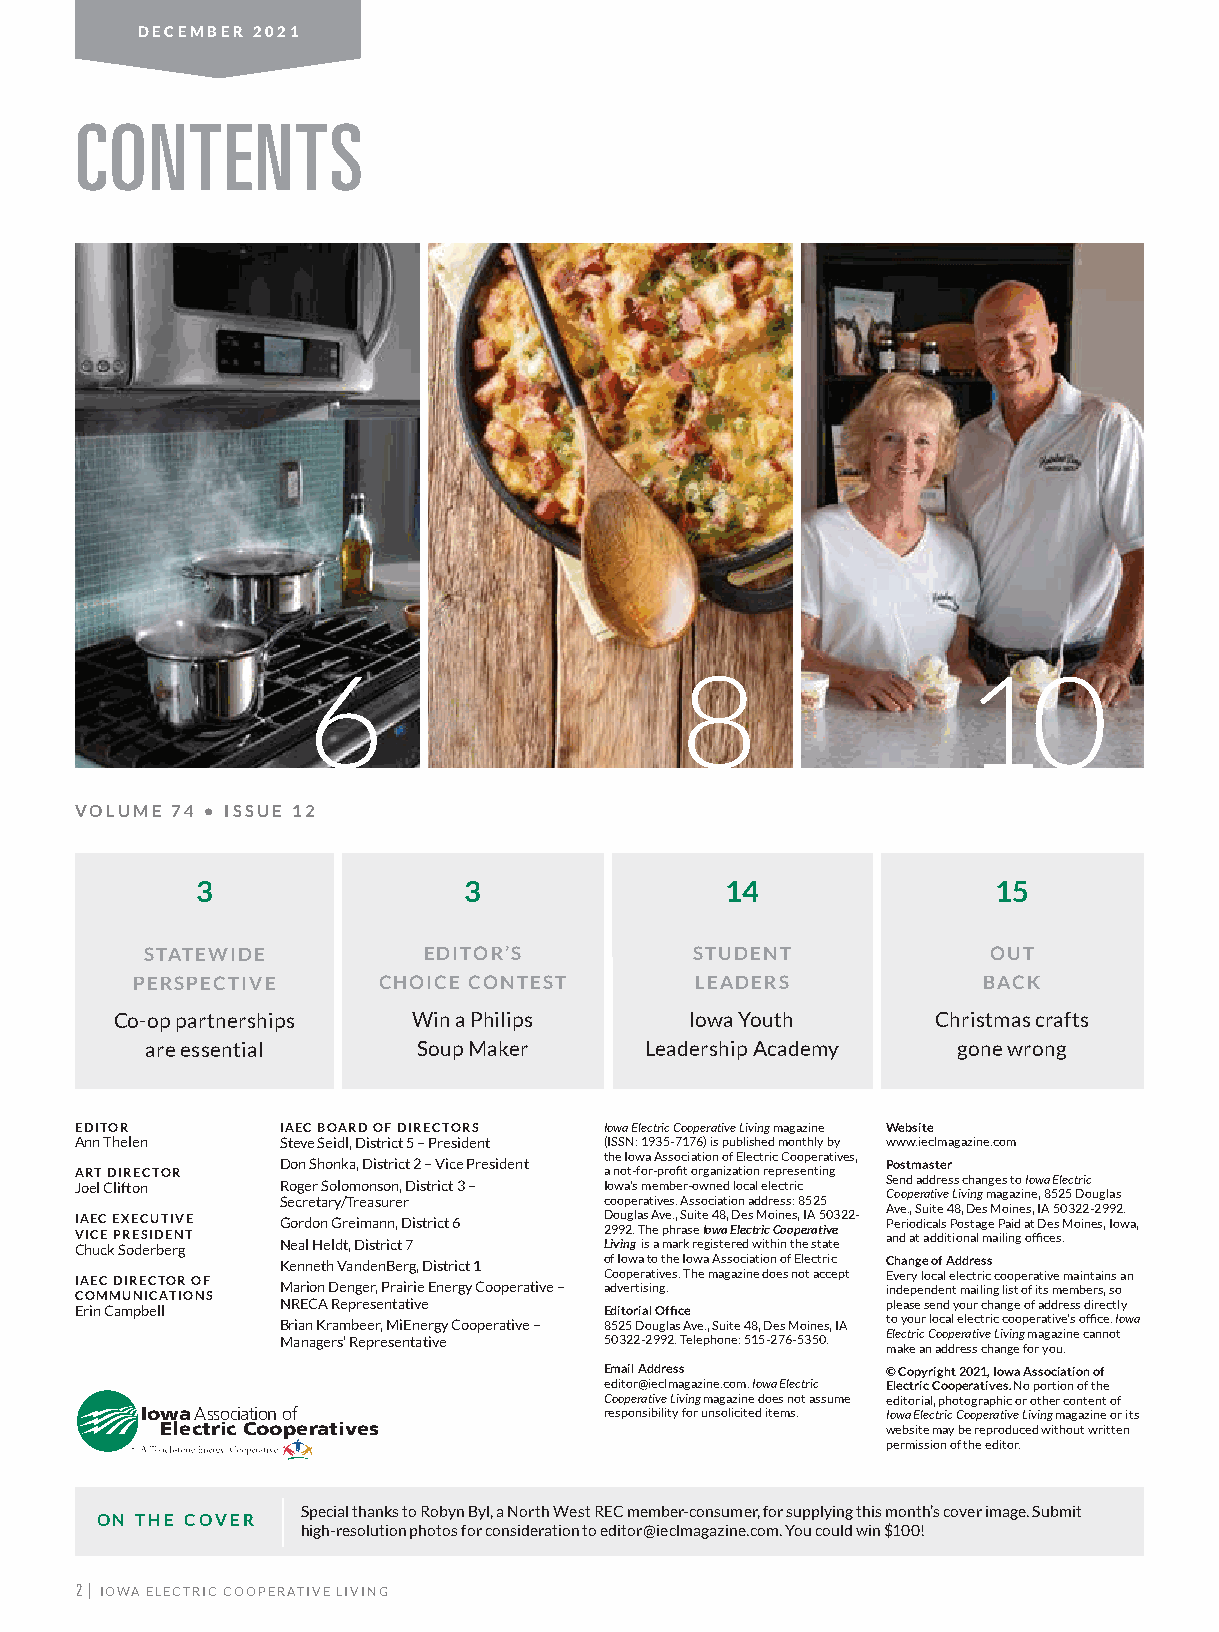
DECEMBER 2021
 CONTENTS
 6                        8                  10
 VOLUME 74 • ISSUE 12
 3                 3                14                15
 STATEWIDE         EDITOR’S          STUDENT             OUT
 PERSPECTIVE     CHOICE CONTEST       LEADERS            BACK
 Co-op partnerships Win a Philips      Iowa Youth      Christmas crafts
 are essential     Soup Maker     Leadership Academy  gone wrong
 EDITOR        IAEC BOARD OF DIRECTORS Iowa Electric Cooperative Living magazine Website
 Ann Thelen    Steve Seidl, District 5 – President (ISSN: 1935-7176) is published monthly by www.ieclmagazine.com
 the Iowa Association of Electric Cooperatives,
 ART DIRECTOR  Don Shonka, District 2 – Vice President a not-for-profit organization representing Postmaster
 Joel Clifton  Roger Solomonson, District 3 – Iowa’s member-owned local electric Send address changes to Iowa Electric
 Secretary/Treasurer  cooperatives. Association address: 8525 Cooperative Living magazine, 8525 Douglas
 I V CA hIE C uC E ck E P SX R oE E dC S eI rU D bT eEI rNV gTE G No eard l Hon e lG dr te , Dim isa tn rin c, t D 7istrict 6 D 2 Li9 vo 9 iu n2g g.l a T is sh A ae v mpe h a., r r S a ku s rei et Ie go i4 w s8 ta e, E rD elee dcs t w M ri ic to h Ci in o ne o ts p h, e eI rA a s tt5 aiv0 te3 e 22- A P anev dre i . o a, S td u i aci dat de ls i 4 t P i8 oo, n sD ata le g ms e M a P ilo a ini in d ge a os t f, fiI DA ce e 5 s s 0 .M3 o2 i2 n- e2 s9 , 9 Io2 w. a,
 Kenneth VandenBerg, District 1 of Iowa to the Iowa Association of Electric Change of Address
 I CA OE MC MD UIR NE IC CT AO TR IO O NF S Marion Denger, Prairie Energy Cooperative – C ado vo ep re tr isa it ni gv .es. The magazine does not accept E inv de er py e l no dca el n e tl mec at ir li ic n gc o lio sp t e or fa itt siv me em ma bin et ra si ,n ss o a n
 Erin Campbell NRECA Representative Editorial Office   please send your change of address directly
 Brian Krambeer, MiEnergy Cooperative – 8525 Douglas Ave., Suite 48, Des Moines, IA to your local electric cooperative’s office. Iowa
 Managers’ Representative 50322-2992. Telephone: 515-276-5350. Electric Cooperative Living magazine cannot
 make an address change for you.
 Email Address      © Copyright 2021, Iowa Association of
 editor@ieclmagazine.com. Iowa Electric Electric Cooperatives. No portion of the
 Cooperative Living magazine does not assume editorial, photographic or other content of
 Iowa Association of            responsibility for unsolicited items. Iowa Electric Cooperative Living magazine or its
 Electric Cooperatives                           website may be reproduced without written
 permission of the editor.
 Special thanks to Robyn Byl, a North West REC member-consumer, for supplying this month’s cover image. Submit
 ON THE COVER
 high-resolution photos for consideration to editor@ieclmagazine.com. You could win $100!
 2 | IOWA ELECTRIC COOPERATIVE LIVING